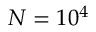
N = 1 0 ^ { 4 }